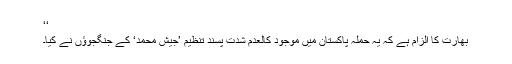
‘‘
بھارت کا الزام ہے کہ یہ حملہ پاکستان میں موجود کالعدم شدت پسند تنظیم ’جیش محمد‘ کے جنگجوؤں نے کیا۔